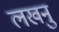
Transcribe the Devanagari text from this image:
लखनु